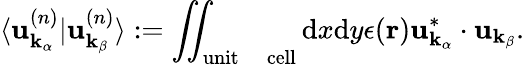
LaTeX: \langle\mathbf{u}_{\mathbf{k}_{\alpha}}^{(n)}\vert\mathbf{u}_{\mathbf{k}_{\beta}}^{(n)}\rangle:=\iint_{\mathrm{unit\quad cell}}\mathrm{d}x\mathrm{d}y\epsilon(\mathbf{r})\mathbf{u}_{\mathbf{k}_{\alpha}}^{*}\cdot\mathbf{u}_{\mathbf{k}_{\beta}}.